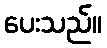
ပေးသည်။